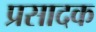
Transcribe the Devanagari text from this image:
प्रसादक